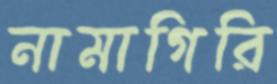
নামাগিরি